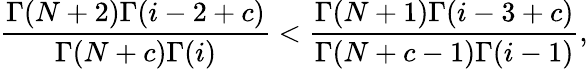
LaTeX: \frac{\Gamma(N+2)\Gamma(i-2+c)}{\Gamma(N+c)\Gamma(i)}<\frac{\Gamma(N+1)\Gamma(i-3+c)}{\Gamma(N+c-1)\Gamma(i-1)},